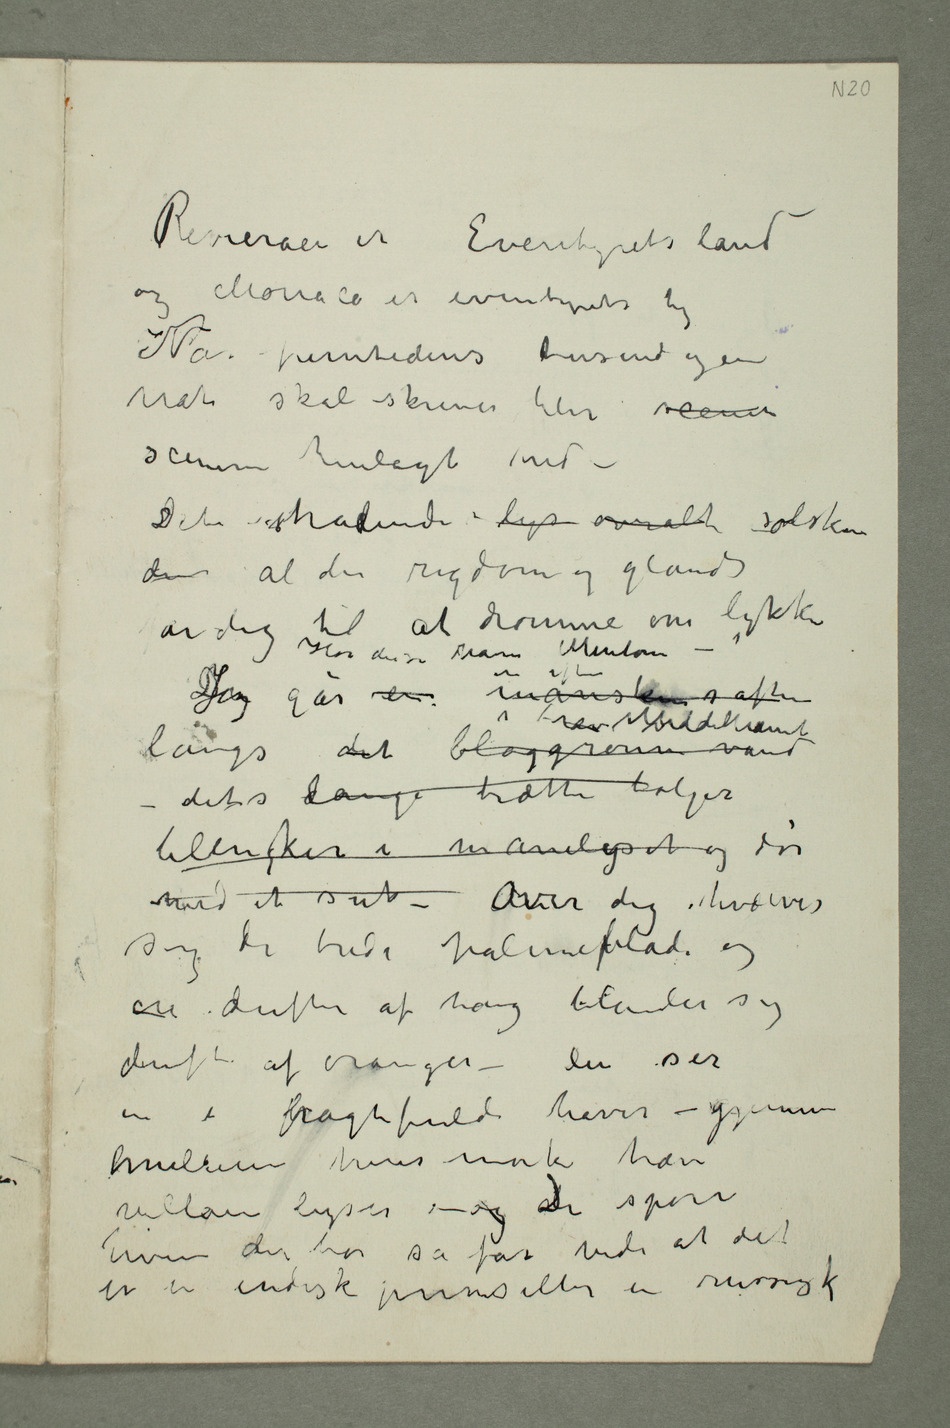
Rivieraen er Eventyrets land
og Monaco er eventyrets by
nat skal skrives blir scenen
scenen henlagt hid –
Det strålende lys overalt solskin
der al den rigdom og glands får dig
at drømme om lykke
DeJeg går en en aften månskinsaften
dets lange trætte bølger
med et suk Over dig hvælver
sig de brede palmepblade
og duften af tang blander sig
duften af oranger – du ser
in i bpragtfulde haver – gjennem
villaer lyser – og dDu spørr
hvem der bor så får vide at det
er en indisk prins eller en russisk